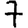
Digit: 7